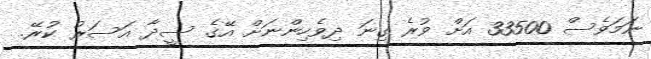
ނަމަވެސް 33500 އަށް ވުރެ ގިނަ ދިވެހިންނަށް އޭގެ ސީދާ އަސަރު ކުރޭ.